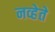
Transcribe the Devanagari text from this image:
नव्हेते